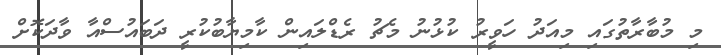
މި މުބާރާތުގައި މިއަދު ހަވީރު ކުޅުނު މެޗު ރެޑްލައިން ކާމިޔާބުކުރީ ދަބައުސްއާ ވާދަކޮށް